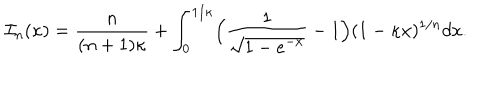
LaTeX: { \cal I } _ { n } ( \kappa ) = { \frac { n } { ( n + 1 ) \kappa } } + \int _ { 0 } ^ { 1 / \kappa } \Bigl ( { \frac { \displaystyle 1 } { \displaystyle \sqrt { 1 - e ^ { - x } } } } - 1 \Bigr ) ( 1 - \kappa x ) ^ { 1 / n } d x .